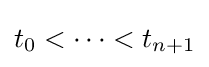
t_{0}<\dots <t_{n+1}